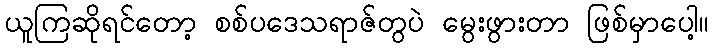
ယူကြဆိုရင်တော့ စစ်ပဒေသရာဇ်တွပဲ မွေးဖွားတာ ဖြစ်မှာပေါ့။